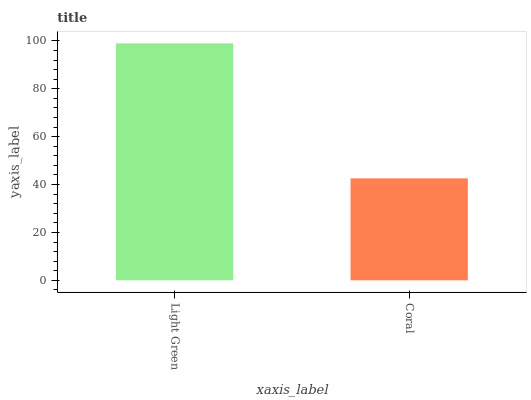
| xaxis_label | bars |
 | --- | --- |
 | Light Green | 99 |
 | Coral | 42.6 |